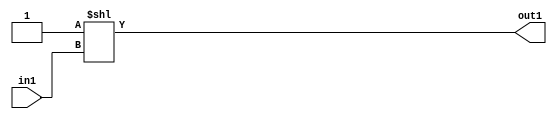
`timescale 1ps / 1ps
/*****************************************************************************
    Verilog RTL Description
    
    
    Created by: CellMath Designer 2019.1.01 
*******************************************************************************/

module DFT_compute_DECODE_64U_8_4 (
	in1,
	out1
	); /* architecture "behavioural" */ 
input [5:0] in1;
output [63:0] out1;
wire [63:0] asc001;

assign asc001 = 64'B0000000000000000000000000000000000000000000000000000000000000001 << in1;

assign out1 = asc001;
endmodule

/* CADENCE  ubX4SAA= : u9/ySgnWtBlWxVPRXgAZ4Og= ** DO NOT EDIT THIS LINE ******/